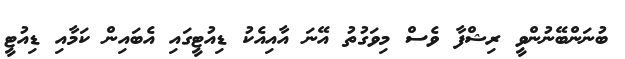
ބުނަންބޭނުންވީ ރިޝްފާ ވެސް މިވަގުތު އޭނަ އާއިއެކު ޑިއުޓީގައި އެބައިން ކަމާއި ޑިއުޓީ